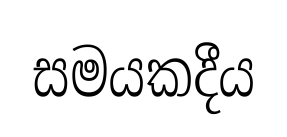
සමයකදීය